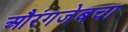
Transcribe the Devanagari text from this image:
औरंगजेबचा